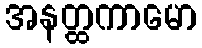
အနတ္ထကာမော